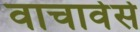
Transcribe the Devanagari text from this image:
वाचावेसे